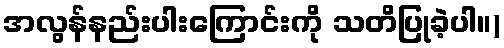
အလွန်နည်းပါးကြောင်းကို သတိပြုခဲ့ပါ။)